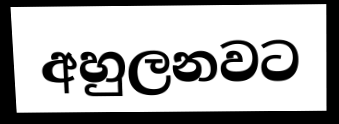
අහුලනවට